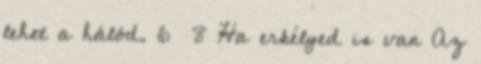
lehet a hálód. 6 8 Ha erkélyed is van Az